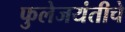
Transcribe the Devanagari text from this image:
फुलेजयंतीचे